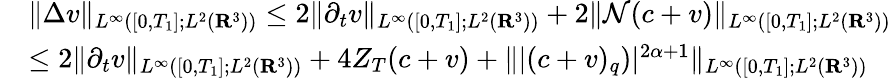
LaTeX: \begin{array}{rl}&{\| \Delta v\| _{L^{\infty}([0,T_{1}];L^{2}({\mathbf R}^{3}))}\leq 2\| \partial_{t}v\| _{L^{\infty}([0,T_{1}];L^{2}({\mathbf R}^{3}))}+2\| \mathcal{N}(c+v)\| _{L^{\infty}([0,T_{1}];L^{2}({\mathbf R}^{3}))}}\\ &{\leq 2\| \partial_{t}v\| _{L^{\infty}([0,T_{1}];L^{2}({\mathbf R}^{3}))}+4Z_{T}(c+v)+\| |(c+v)_{q})|^{2\alpha+1}\| _{L^{\infty}([0,T_{1}];L^{2}({\mathbf R}^{3}))}}\end{array}